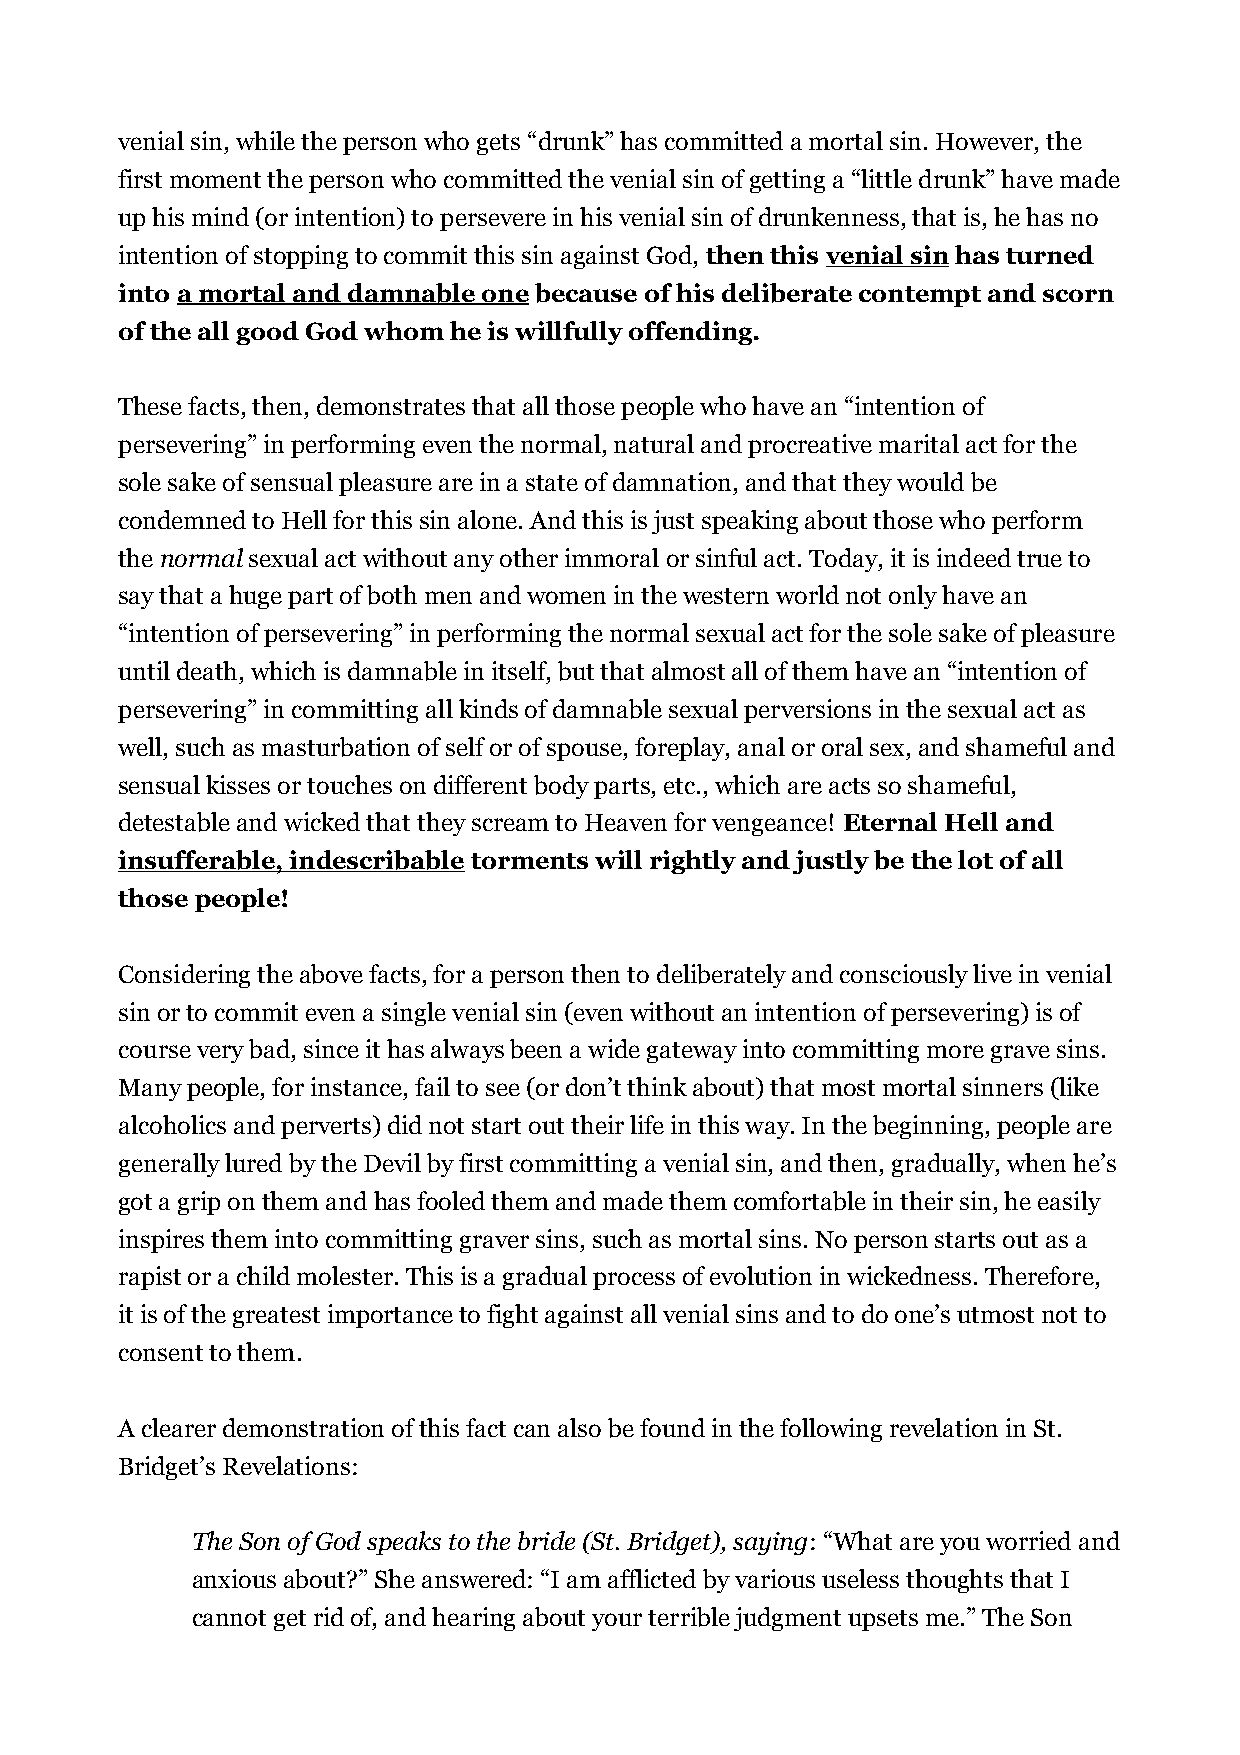
venial sin, while the person who gets “drunk” has committed a mortal sin. However, the
 first moment the person who committed the venial sin of getting a “little drunk” have made
 up his mind (or intention) to persevere in his venial sin of drunkenness, that is, he has no
 intention of stopping to commit this sin against God, then this venial sin has turned
 into a mortal and damnable one because of his deliberate contempt and scorn
 of the all good God whom he is willfully offending.
 These facts, then, demonstrates that all those people who have an “intention of
 persevering” in performing even the normal, natural and procreative marital act for the
 sole sake of sensual pleasure are in a state of damnation, and that they would be
 condemned to Hell for this sin alone. And this is just speaking about those who perform
 the normal sexual act without any other immoral or sinful act. Today, it is indeed true to
 say that a huge part of both men and women in the western world not only have an
 “intention of persevering” in performing the normal sexual act for the sole sake of pleasure
 until death, which is damnable in itself, but that almost all of them have an “intention of
 persevering” in committing all kinds of damnable sexual perversions in the sexual act as
 well, such as masturbation of self or of spouse, foreplay, anal or oral sex, and shameful and
 sensual kisses or touches on different body parts, etc., which are acts so shameful,
 detestable and wicked that they scream to Heaven for vengeance! Eternal Hell and
 insufferable, indescribable torments will rightly and justly be the lot of all
 those people!
 Considering the above facts, for a person then to deliberately and consciously live in venial
 sin or to commit even a single venial sin (even without an intention of persevering) is of
 course very bad, since it has always been a wide gateway into committing more grave sins.
 Many people, for instance, fail to see (or don’t think about) that most mortal sinners (like
 alcoholics and perverts) did not start out their life in this way. In the beginning, people are
 generally lured by the Devil by first committing a venial sin, and then, gradually, when he’s
 got a grip on them and has fooled them and made them comfortable in their sin, he easily
 inspires them into committing graver sins, such as mortal sins. No person starts out as a
 rapist or a child molester. This is a gradual process of evolution in wickedness. Therefore,
 it is of the greatest importance to fight against all venial sins and to do one’s utmost not to
 consent to them.
 A clearer demonstration of this fact can also be found in the following revelation in St.
 Bridget’s Revelations:
 The Son of God speaks to the bride (St. Bridget), saying: “What are you worried and
 anxious about?” She answered: “I am afflicted by various useless thoughts that I
 cannot get rid of, and hearing about your terrible judgment upsets me.” The Son